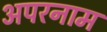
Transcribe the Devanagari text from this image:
अपरनाम